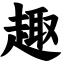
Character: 趣